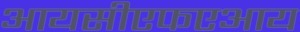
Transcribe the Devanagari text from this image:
आयसीएफएआय